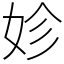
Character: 𡛧